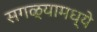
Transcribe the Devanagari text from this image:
सगळ्यामध्ये